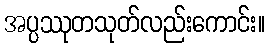
အပ္ပဿုတသုတ်လည်းကောင်း။